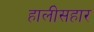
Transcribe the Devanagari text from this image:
हालीसहार